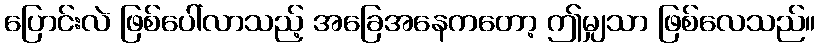
ပြောင်းလဲ ဖြစ်ပေါ်လာသည့် အခြေအနေကတော့ ဤမျှသာ ဖြစ်လေသည်။